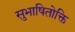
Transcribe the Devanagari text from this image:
सुभाषितोक्ति